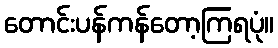
တောင်းပန်ကန်တော့ကြရပုံ။